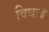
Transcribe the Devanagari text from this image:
विधः॥